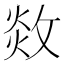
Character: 𢽻